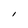
Character: l